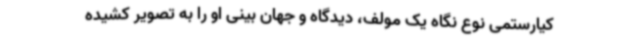
کیارستمی نوع نگاه یک مولف، دیدگاه و جهان بینی او را به تصویر کشیده